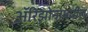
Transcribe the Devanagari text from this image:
ॲरिझोनामधील